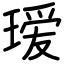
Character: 瑷